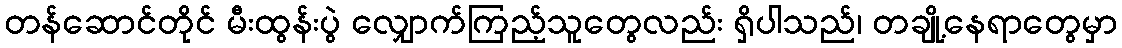
တန်ဆောင်တိုင် မီးထွန်းပွဲ လျှောက်ကြည့်သူတွေလည်း ရှိပါသည်၊ တချို့နေရာတွေမှာ